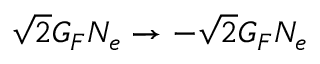
\sqrt { 2 } G _ { F } N _ { e } \to - \sqrt { 2 } G _ { F } N _ { e }